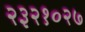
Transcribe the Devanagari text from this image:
२३२१०२७